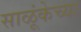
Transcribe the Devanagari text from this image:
साळूंकेच्या